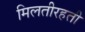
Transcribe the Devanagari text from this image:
मिलतीरहती